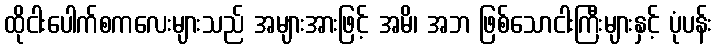
ထိုငါးပေါက်စကလေးများသည် အများအားဖြင့် အမိ၊ အဘ ဖြစ်သောငါးကြီးများနှင့် ပုံပန်း